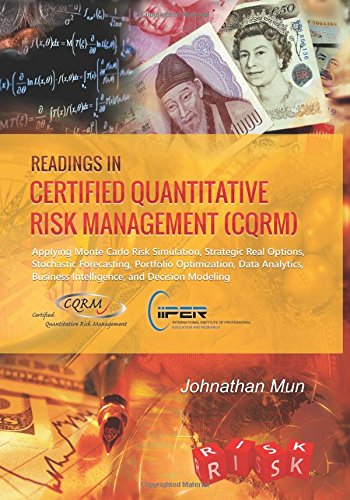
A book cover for Readings in Certified Quantitative Risk Management (CQRM): Applying Monte Carlo Risk Simulation, Strategic Real Options, Stochastic Forecasting, ... Business Intelligence, and Decision Modeling; Dr. Johnathan C Mun; Business & Money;